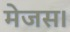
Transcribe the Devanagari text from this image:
मेजस।